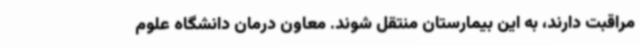
مراقبت دارند، به این بیمارستان منتقل شوند. معاون درمان دانشگاه علوم